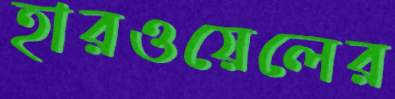
হারওয়েলের